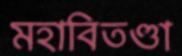
মহাবিতণ্ডা